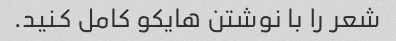
شعر را با نوشتن هایکو کامل کنید.